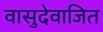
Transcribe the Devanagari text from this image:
वासुदेवाजित